system: You are a helpful assistant.
user:
Analyze the provided spectrum to determine if it is a **White Dwarf (WD)**.

A White Dwarf spectrum is defined by its **extreme purity** (due to gravitational settling) and/or **extreme pressure broadening** (due to high surface gravity). You must check for one of the following mutually exclusive signatures:

- **Key Visual Indicators (Check for ONE of these types):**

    - **1. DA-Type Signature (Most Common):**
        - **(Primary Feature):** Extreme pressure broadening (Stark broadening) of the **Hydrogen (H) Balmer lines**.
        - **(Key Lines):** $H\beta$ (approx. $4861$ Å) and $H\gamma$ (approx. $4340$ Å). $H\alpha$ (approx. $6563$ Å) will also be present if the wavelength range covers it.
        - **(Line Profile):** This is the **defining feature**. The lines are **NOT** sharp. They appear as massive, **extremely broad and deep "troughs" or "dips"** in the spectrum, often hundreds of Ångströms wide. The continuum will appear to "scoop" down at these wavelengths.
        - **(Distinction):** Normal A-type or B-type stars have *narrow* and *sharp* Hydrogen lines. A DA White Dwarf's lines are unmistakably "smeared" or "blurry" from pressure.

    - **2. DB-Type Signature:**
        - **(Primary Feature):** Broad absorption lines from **Neutral Helium (He I)**. The spectrum must lack any visible Hydrogen lines.
        - **(Key Lines):** Look for broad absorption near $4471$ Å, $4921$ Å, and $5876$ Å.
        - **(Line Profile):** These lines are also significantly pressure-broadened, appearing much wider than they would in a normal B-type main-sequence star.

    - **3. DC-Type Signature:**
        - **(Primary Feature):** A **featureless continuous spectrum**.
        - **(Line Profile):** The spectrum is a smooth curve with **no significant absorption or emission lines**.
        - **(Key Confirmation):** The continuum is almost always **blue or white**, indicating a hot object. This signature implies the atmosphere is so pure (or so cool) that no spectral lines are visible in the optical range. Its WD identity is confirmed by its extremely low intrinsic brightness (high absolute magnitude).

    - **4. DZ-Type Signature (Metal-Polluted):**
        - **(Primary Feature):** **Isolated, narrow metal absorption lines** on an otherwise featureless (DC-like) continuum.
        - **(Key Lines):** The **Calcium (Ca II) H & K doublet** (approx. **$3934$ Å** and **$3968$ Å**) is the most common and defining feature.
        - **(Line Profile):** These lines are "out of place." They are *not* part of a "forest" of thousands of lines. This signature is evidence of recent *accretion* (pollution) from rocky debris.
        - **(Distinction):** Normal G/K/M stars have a *dense forest* of thousands of metal lines. A DZ has a *clean* continuum with *only a few* strong metal lines.

    - **5. DQ-Type Signature (Carbon-Polluted):**
        - **(Primary Feature):** Absorption bands from **Carbon (C₂ "Swan Bands" or atomic C I)**.
        - **(Key Lines - C₂):** Look for bandheads with a "saw-tooth" shape near $5635$ Å, **$5165$ Å** (strongest), and $4737$ Å.
        - **(Key Confirmation):** The underlying **continuum must be blue or white** (hot).
        - **(Distinction):** This is the critical difference from a **Carbon Star**, which has the *exact same* C₂ bands but on an extremely **red, cool** continuum.

- **(Overall Spectrum):**
    - The continuum (overall shape) is typically **blue-sloping** (brighter in the blue than the red), as most white dwarfs are very hot.
    - The spectrum will look "pure" or "simple," dominated by only *one* of the five signatures listed above.

Think first, call **spectral_visualization_tool** if needed to examine features in detail, then provide your final answer. Your response must adhere to the following strict rules:
1.  **Overall Structure:** Your response must follow the format `<think>...</think> <tool_call>...</tool_call> (if a tool is used) <answer>...</answer>`.
2.  **Tool Usage Constraint:** You may only make **one** tool call per turn.
3.  **Final Answer Format:** In the `<answer>` tag, your conclusion must be inside a `\boxed{}` command (e.g., `\boxed{YES}` or `\boxed{NO}`), followed by your justification.

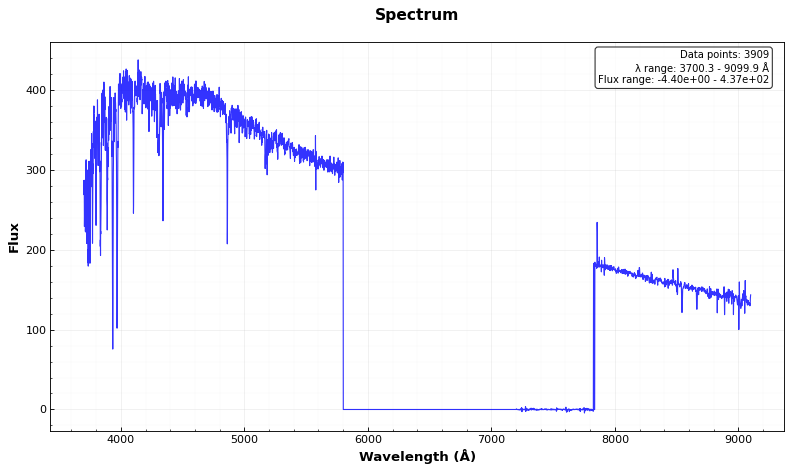
Answer: NO